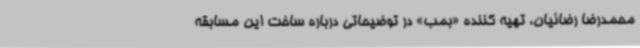
محمدرضا رضائیان، تهیه کننده «بمب» در توضیحاتی درباره ساخت این مسابقه